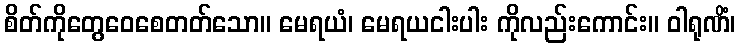
စိတ်ကိုတွေဝေစေတတ်သော။ မေရယံ၊ မေရယငါးပါး ကိုလည်းကောင်း။ ဝါရုဏိံ၊